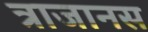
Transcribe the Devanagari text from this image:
त्राजानस